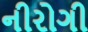
નીરોગી